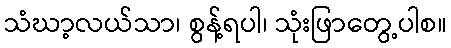
သံဃာ့လယ်သာ၊ စွန့်ရပါ၊ သုံးဖြာတွေ့ပါစ။